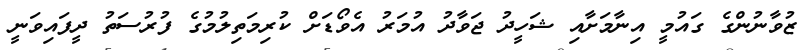
ޒުވާނުންގެ ގައުމީ އިނާމަށާއި ޝަހީދު ޖަވާދު އުމަރު އެވޯޑަށް ކުރިމަތިލުމުގެ ފުރުސަތު ދީފައިވަނީ